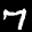
Label: 7